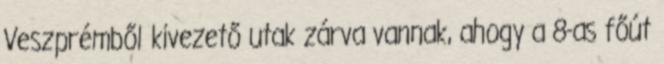
Veszprémből kivezető utak zárva vannak, ahogy a 8-as főút